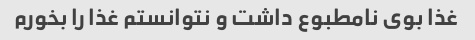
غذا بوی نامطبوع داشت و نتوانستم غذا را بخورم